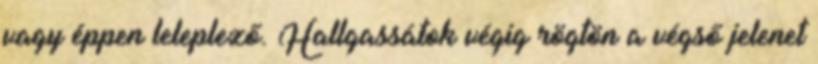
vagy éppen leleplező. Hallgassátok végig rögtön a végső jelenet